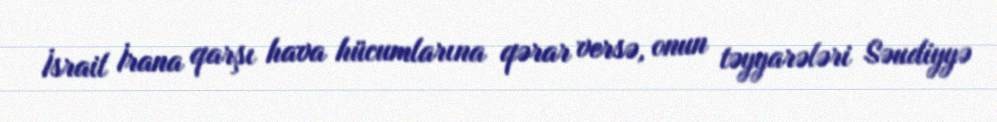
İsrail İrana qarşı hava hücumlarına qərar versə, onun təyyarələri Səudiyyə